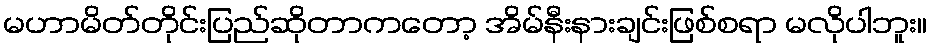
မဟာမိတ်တိုင်းပြည်ဆိုတာကတော့ အိမ်နီးနားချင်းဖြစ်စရာ မလိုပါဘူး။